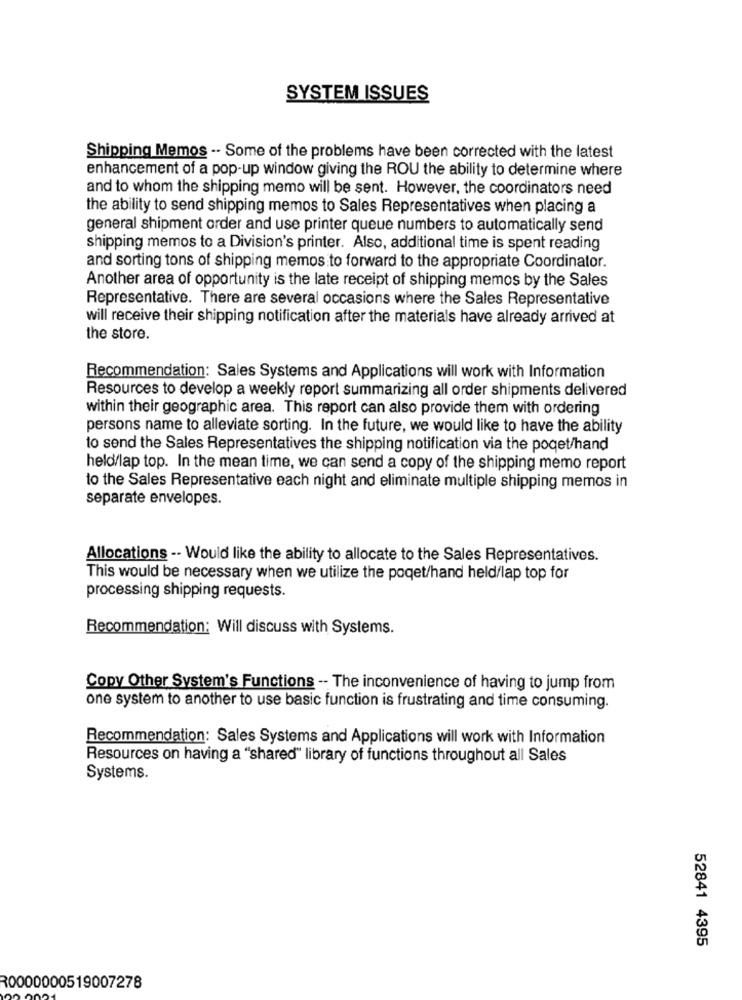
SYSTEM ISSUES
Shipping Memos -- Some of the problems have been corrected with the latest
enhancement of a pop-up window giving the ROU the ability to determine where
and to whom the shipping memo will be sent. However, the coordinators need
the ability to send shipping memos to Sales Representatives when placing a
general shipment order and use printer queue numbers to automatically send
shipping memos to a Division's printer. Also, additional time is spent reading
and sorting tons of shipping memos to forward to the appropriate Coordinator.
Another area of opportunity is the late receipt of shipping memos by the Sales
Representative. There are several occasions where the Sales Representative
will receive their shipping notification after the materials have already arrived at
the store.
Recommendation: Sales Systems and Applications will work with Information
Resources to develop a weekly report summarizing all order shipments delivered
within their geographic area. This report can also provide them with ordering
persons name to alleviate sorting. In the future, we would like to have the ability
to send the Sales Representatives the shipping notification via the poqet/hand
held/lap top. In the mean time, we can send a copy of the shipping memo report
to the Sales Representative each night and eliminate multiple shipping memos in
separate envelopes.
Allocations -- Would like the ability to allocate to the Sales Representatives.
This would be necessary when we utilize the poqet/hand held/lap top for
processing shipping requests.
Recommendation: Will discuss with Systems.
Copy Other System's Functions -- The inconvenience of having to jump from
one system to another to use basic function is frustrating and time consuming.
Recommendation: Sales Systems and Applications will work with Information
Resources on having a "shared" library of functions throughout all Sales
Systems.
52841 4395
R0000000519007278